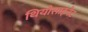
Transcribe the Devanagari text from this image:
थियोसाइनेट